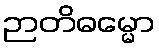
ဉာတိဓမ္မော